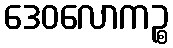
ဒေဝလောကဉ္စ